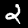
Label: 2